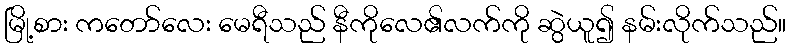
မြို့စား ကတော်လေး မေရီသည် နီကိုလေ၏လက်ကို ဆွဲယူ၍ နမ်းလိုက်သည်။